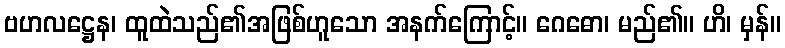
ဗဟလဋ္ဌေန၊ ထူထဲသည်၏အဖြစ်ဟူသော အနက်ကြောင့်။ ဂေဓော၊ မည်၏။ ဟိ၊ မှန်။